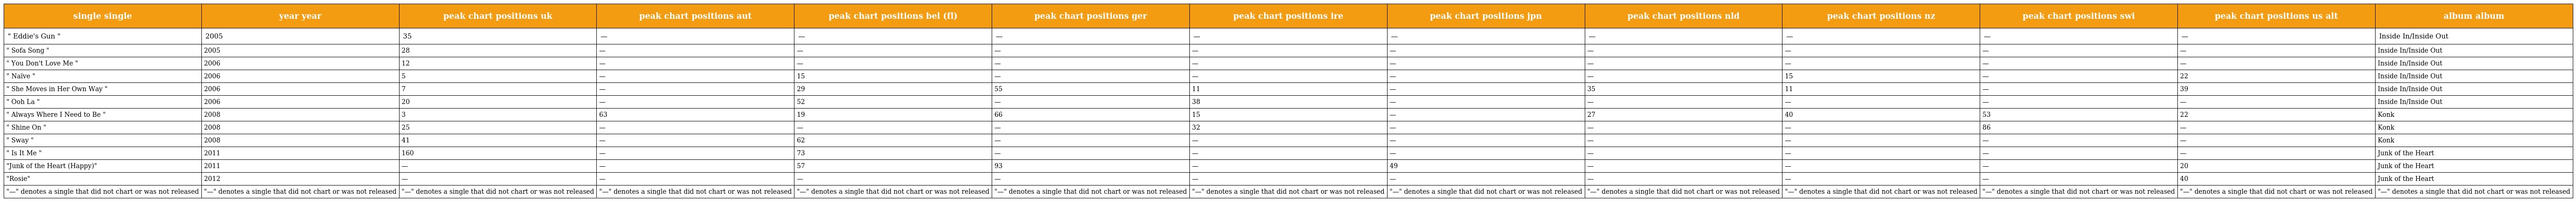
| single single | year year | peak chart positions uk | peak chart positions aut | peak chart positions bel (fl) | peak chart positions ger | peak chart positions ire | peak chart positions jpn | peak chart positions nld | peak chart positions nz | peak chart positions swi | peak chart positions us alt | album album |
 | --- | --- | --- | --- | --- | --- | --- | --- | --- | --- | --- | --- | --- |
 | " Eddie's Gun " | 2005 | 35 | — | — | — | — | — | — | — | — | — | Inside In/Inside Out |
 | " Sofa Song " | 2005 | 28 | — | — | — | — | — | — | — | — | — | Inside In/Inside Out |
 | " You Don't Love Me " | 2006 | 12 | — | — | — | — | — | — | — | — | — | Inside In/Inside Out |
 | " Naïve " | 2006 | 5 | — | 15 | — | — | — | — | 15 | — | 22 | Inside In/Inside Out |
 | " She Moves in Her Own Way " | 2006 | 7 | — | 29 | 55 | 11 | — | 35 | 11 | — | 39 | Inside In/Inside Out |
 | " Ooh La " | 2006 | 20 | — | 52 | — | 38 | — | — | — | — | — | Inside In/Inside Out |
 | " Always Where I Need to Be " | 2008 | 3 | 63 | 19 | 66 | 15 | — | 27 | 40 | 53 | 22 | Konk |
 | " Shine On " | 2008 | 25 | — | — | — | 32 | — | — | — | 86 | — | Konk |
 | " Sway " | 2008 | 41 | — | 62 | — | — | — | — | — | — | — | Konk |
 | " Is It Me " | 2011 | 160 | — | 73 | — | — | — | — | — | — | — | Junk of the Heart |
 | "Junk of the Heart (Happy)" | 2011 | — | — | 57 | 93 | — | 49 | — | — | — | 20 | Junk of the Heart |
 | "Rosie" | 2012 | — | — | — | — | — | — | — | — | — | 40 | Junk of the Heart |
 | "—" denotes a single that did not chart or was not released | "—" denotes a single that did not chart or was not released | "—" denotes a single that did not chart or was not released | "—" denotes a single that did not chart or was not released | "—" denotes a single that did not chart or was not released | "—" denotes a single that did not chart or was not released | "—" denotes a single that did not chart or was not released | "—" denotes a single that did not chart or was not released | "—" denotes a single that did not chart or was not released | "—" denotes a single that did not chart or was not released | "—" denotes a single that did not chart or was not released | "—" denotes a single that did not chart or was not released | "—" denotes a single that did not chart or was not released |